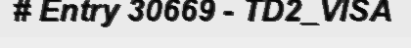
# Entry 30669 - TD2_VISA